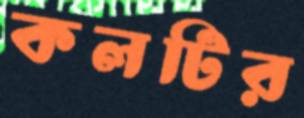
কলটির